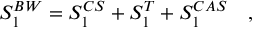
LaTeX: S _ { 1 } ^ { B W } = S _ { 1 } ^ { C S } + S _ { 1 } ^ { T } + S _ { 1 } ^ { C A S } ~ ~ ~ ,